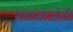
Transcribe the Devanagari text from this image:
ख़ानाजंगी